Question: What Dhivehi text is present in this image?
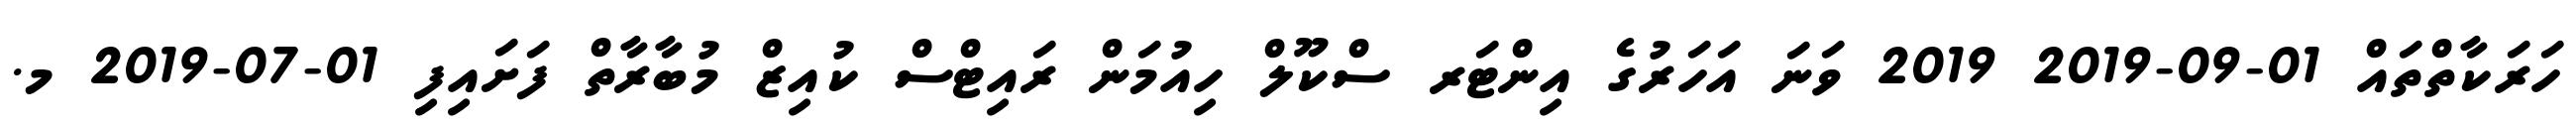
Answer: ހަރަކާތްތައް 01-09-2019 2019 ވަނަ އަހަރުގެ އިންޓަރ ސްކޫލް ހިއުމަން ރައިޓްސް ކުއިޒް މުބާރާތް ފަށައިފި 01-07-2019 މ.